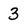
Character: 3